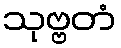
သုဗ္ဗတံ